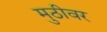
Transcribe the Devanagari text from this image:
मुठीवर